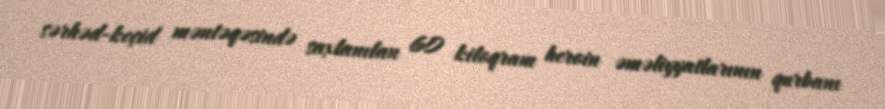
sərhəd-keçid məntəqəsində saxlanılan 60 kiloqram heroin əməliyyatlarının qurbanı